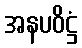
အနပဝိဋ္ဌံ